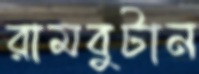
রামবুটান